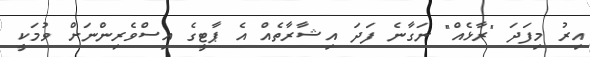
އިރު މިފަދަ "ރާޅެއް" ނަގާނެ ފަދަ އިޝާރާތެއް އެ ޕާޓީގެ އިސްވެރިންނަށް ވުމަކީ